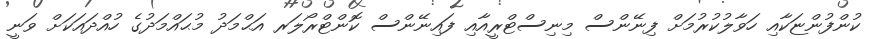
ކުންފުންޏަކާއި ހަވާލުކުރުމަށް ފިނޭންސް މިނިސްޓްރީއާއި ފައިނޭންސް ކޮންޓްރޯލަރ އަޙްމަދު މުޙައްމަދުގެ ހުއްދައަކަށް ވަނީ